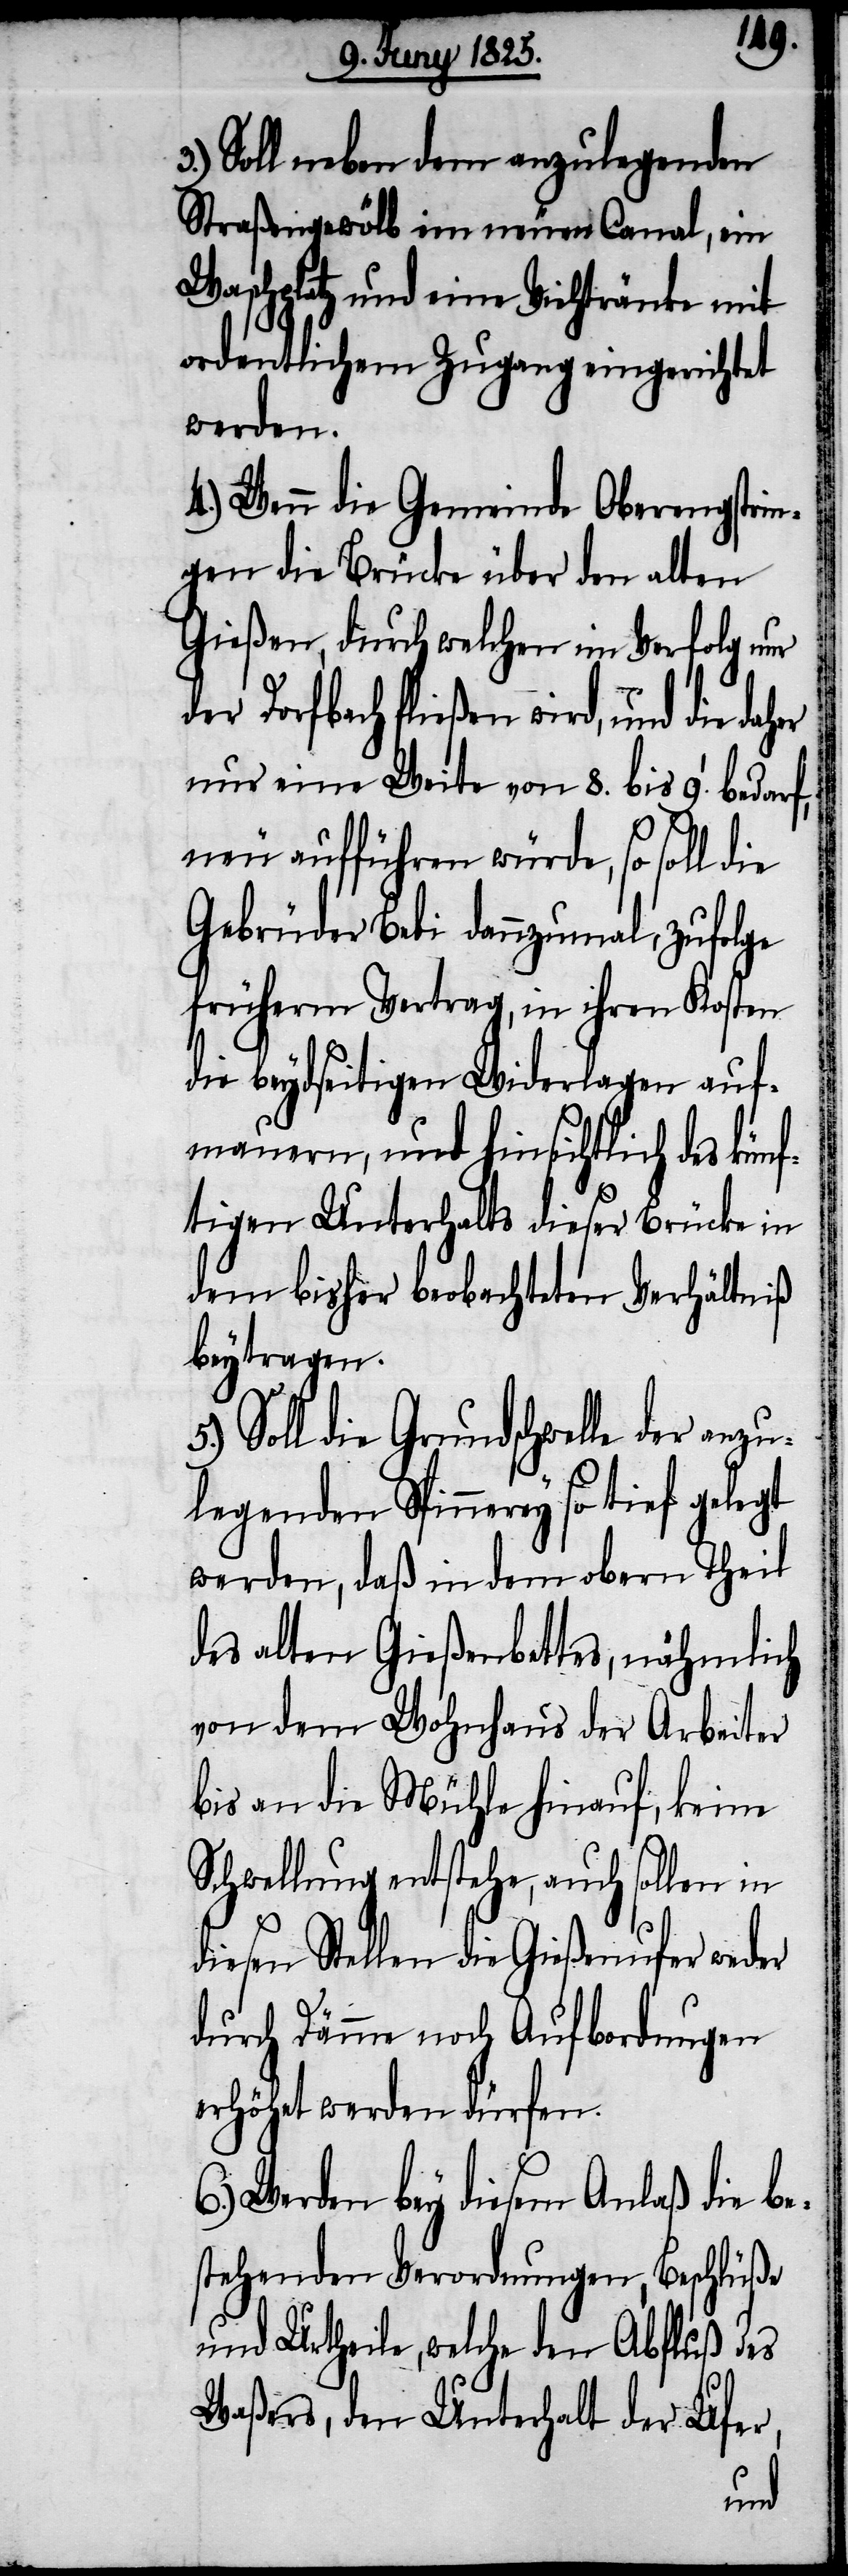
Soll neben dem anzulegenden
Straßengewölb im neuen Canal, ein
Waschplatz und eine Viehtränke mit
ordentlichem Zugang eingerichtet
werden.
4.) Wenn die Gemeinde Oberengstrin¬
gen die Brücke über den alten
Gießen, durch welchen im Verfolg nur
Dorfbach fließen wird, und die
nur eine Weite von 8. bis 9.’ bedarf,
neu aufführen würde, so soll die
Gebrüder Bebi dannzumal, zufolge
früherm Vertrag, in ihren Kosten
die beydseitigen Widerlagen auf¬
mauern, und hinsichtlich des kün¬
ftigen Unterhalts dieser Brücke in
dem bisher beobachteten Verhältniß
beytragen.
Soll die Grundschwelle der anzu¬
legenden Spinnerey so tief gelegt
werden, daß in dem obern Theil
des alten Gießenbettes, nähmlich
von dem Wohnhaus der Arbeiter
bis an die Mühle hinauf, keine
Schwellung entstehe, auch sollen in
diesen Stellen die Gießenufer weder
durch Dämme noch Aufbordungen
erhöhet werden dürfen.
6.) Werden bey diesem Anlaß die be¬
stehenden Verordnungen, Beschlüße
und Urtheile, welche den Abfluß des
Waßers, den Unterhalt der Ufer,